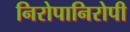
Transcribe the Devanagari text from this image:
निरोपानिरोपी